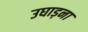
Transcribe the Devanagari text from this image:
उघाड़ना